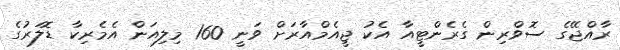
ރާއްޖޭގެ ސޮވްރިން ގެރެންޓީއާ އެކު ޖީއެމްއާރަށް ވަނީ 160 މިލިއަން އެމެރިކާ ޑޮލަރުގެ